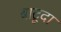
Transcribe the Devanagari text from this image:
बाटूदा